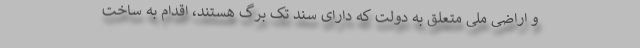
و اراضی ملی متعلق به دولت که دارای سند تک برگ هستند، اقدام به ساخت